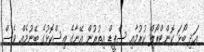
އަދި ބޯޅަ ކޮންޓްރޯލް ކުރުމާއި ސްޕީޑް އިތުރުން އޭނާގެ އިސްކޮޅުގެ ބޭނުމެއް ވެސް